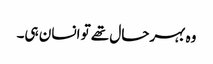
وہ بہرحال تھے تو انسان ہی۔